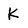
Character: K